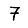
Digit: 7